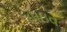
હાઇવ